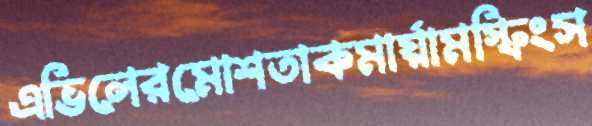
এভিলেরমোশতাকমার্য়ামস্ফিংস